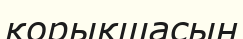
қорықшасын